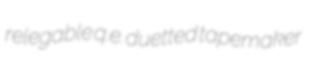
relegable q.e. duetted tapemaker